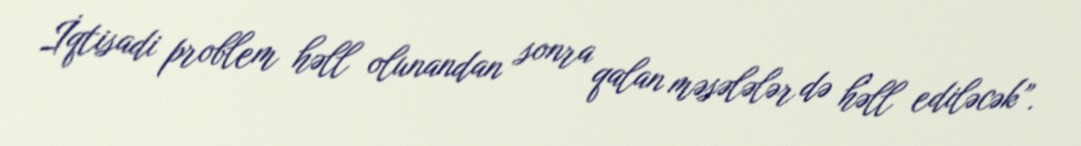
İqtisadi problem həll olunandan sonra qalan məsələlər də həll ediləcək”.